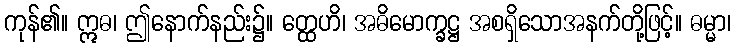
ကုန်၏။ ဣဓ၊ ဤနောက်နည်း၌။ တ္ထေဟိ၊ အဓိမောက္ခဋ္ဌ အစရှိသောအနက်တို့ဖြင့်။ ဓမ္မာ၊